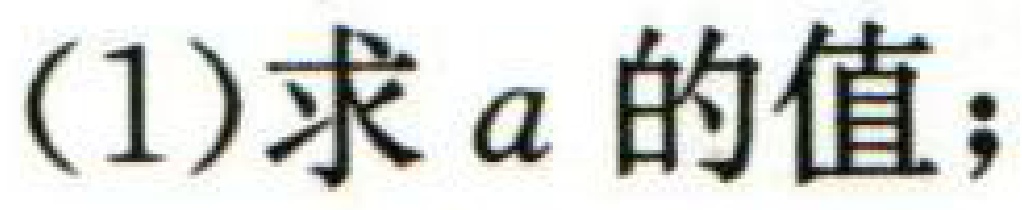
(1)求\(a\)的值;